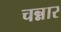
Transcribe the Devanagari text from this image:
चन्नार